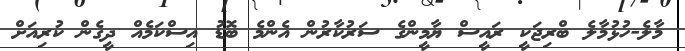
މާލެ-ހުޅުމާލެ ބްރިޖަކީ ރައީސް ޔާމީންގެ ސަރުކާރުން އެންމެ ބޮޑު އިސްކަމެއް ދީގެން ކުރިއަށް